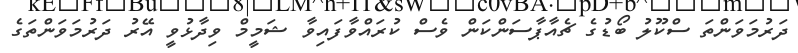
ދަރުމަވަންތަ ސްކޫލު ބޯޑުގެ ޗެއާޕާސަންކަން ވެސް ކުރައްވާފައިވާ ޝަމީމް ވިދާޅުވީ އޭރު ދަރުމަވަންތަގެ